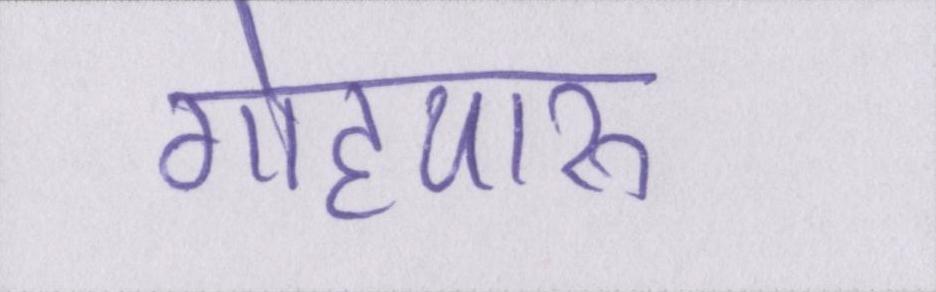
गोहपारू